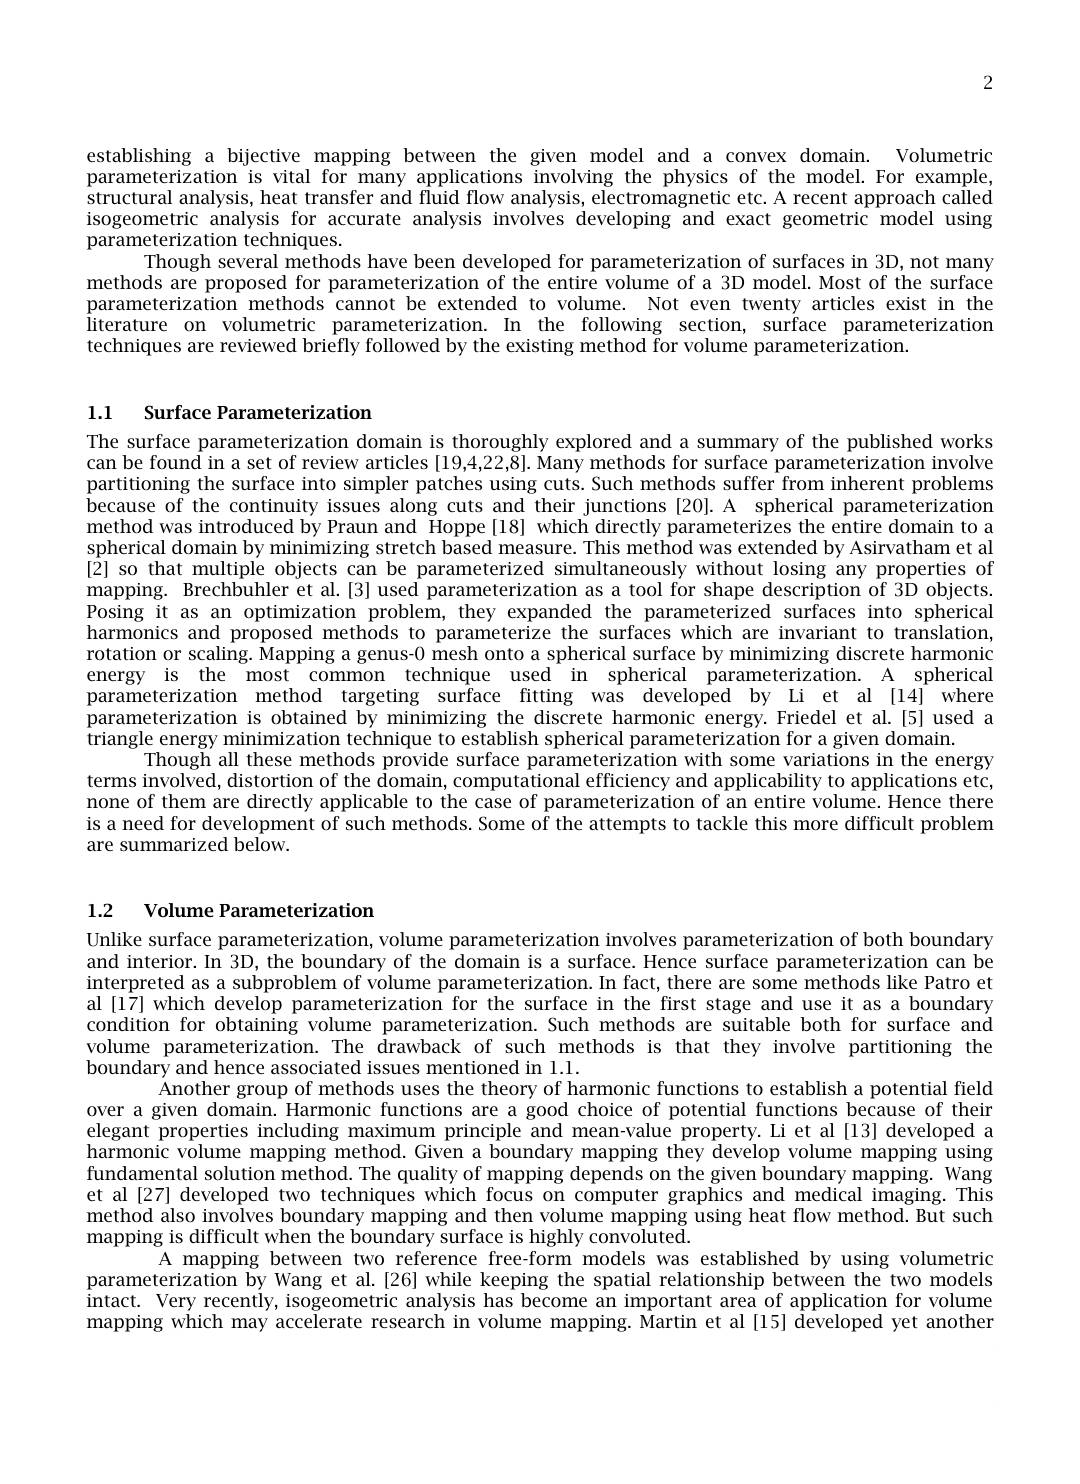
2

establishing a bijective mapping between the given model and a convex domain. Volumetric parameterization is vital for many applications involving the physics of the model.For example, structural analysis, heat transfer and fluid flow analysis, electromagnetic etc. A recent approach called isogeometric analysis for accurate analysis involves developing and exact geometric model using parameterization techniques.
Though several methods have been developed for parameterization of surfaces in 3D, not many
methods are proposed for parameterization of the entire volume of a 3D model. Most of the surface parameterization methods cannot be extended to volume. Not even twenty articles exist in the literature on volumetric parameterization. In the following section, surface parameterization techniques are reviewed briefly followed by the existing method for volume parameterization.

## l.1 Surface Parameterization

The surface parameterization domain is thoroughly explored and a summary of the published works can be found in a set of review articles [19,4,22,8]. Many methods for surface parameterization involve partitioning the surface into simpler patches using cuts. Such methods suffer from inherent problems because of the continuity issues along cuts and their junctions [20].A spherical parameterization method was introduced by Praun and Hoppe [18] which directly parameterizes the entire domain to a spherical domain by minimizing stretch based measure. This method was extended by Asirvatham et al [2] so that multiple objects can be parameterized simultaneously without losing any properties of mapping. Brechbuhler et al.[3] used parameterization as a tool for shape description of 3D objects Posing it as an optimization problem, they expanded the parameterized surfaces into spherical harmonics and proposed methods to parameterize the surfaces which are invariant to translation, rotation or scaling. Mapping a genus-0 mesh onto a spherical surface by minimizing discrete harmonic energy is the most common technique used in spherical parameterization. A spherical parameterization method targeting surface fitting was developed by Li et al [14] where parameterization is obtained by minimizing the discrete harmonic energy. Friedel et al.[5] used a triangle energy minimization technique to establish spherical parameterization for a given domain.
Though all these methods provide surface parameterization with some variations in the energy
terms involved, distortion of the domain, computational efficiency and applicability to applications etc, none of them are directly applicable to the case of parameterization of an entire volume. Hence there is a need for development of such methods. Some of the attempts to tackle this more difficult problem are summarized below.

## 1.2 Volume Parameterization

Unlike surface parameterization, volume parameterization involves parameterization of both boundary and interior. In 3D, the boundary of the domain is a surface. Hence surface parameterization can be interpreted as a subproblem of volume parameterization. In fact, there are some methods like Patro et al[17] which develop parameterization for the surface in the first stage and use it as a boundary condition for obtaining volume parameterization. Such methods are suitable both for surface and volume parameterization. The drawback of such methods is that they involve partitioning the boundary and hence associated issues mentioned in l.1.
Another group of methods uses the theory of harmonic functions to establish a potential field
over a given domain. Harmonic functions are a good choice of potential functions because of their elegant properties including maximum principle and mean-value property. Li et al [13] developed a harmonic volume mapping method. Given a boundary mapping they develop volume mapping using fundamental solution method. The quality of mapping depends on the given boundary mapping. Wang et al[27] developed two techniques which focus on computer graphics and medical imaging. This method also involves boundary mapping and then volume mapping using heat flow method. But such mapping is difficult when the boundary surface is highly convoluted.
A mapping between two reference free-form models was established by using volumetric
parameterization by Wang et al.[26] while keeping the spatial relationship between the two models intact. Very recently, isogeometric analysis has become an important area of application for volume mapping which may accelerate research in volume mapping. Martin et al [15] developed yet another